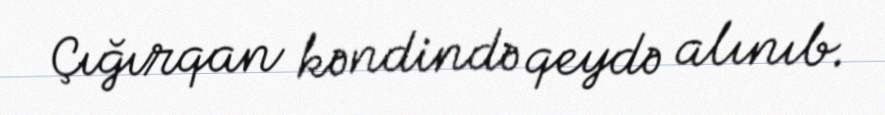
Çığırqan kəndində qeydə alınıb.